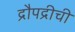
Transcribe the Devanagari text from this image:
द्रौपद्रीची